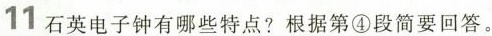
11 石英电子钟有哪些特点？根据第④段简要回答。